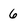
Character: 6